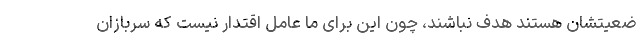
ضعیتشان هستند هدف نباشند، چون این برای ما عامل اقتدار نیست که سربازان